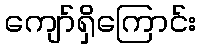
ကျော်ရှိကြောင်း